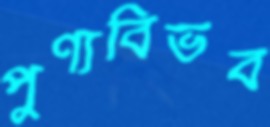
পুণ্যবিভব